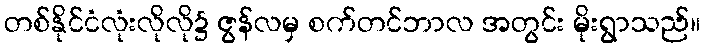
တစ်နိုင်ငံလုံးလိုလို၌ ဇွန်လမှ စက်တင်ဘာလ အတွင်း မိုးရွာသည်။